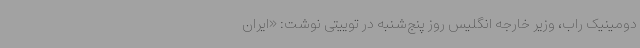
دومینیک راب، وزیر خارجه انگلیس روز پنج‌شنبه در توییتی نوشت: «ایران